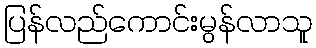
ပြန်လည်ကောင်းမွန်လာသူ